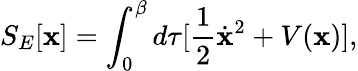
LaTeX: S_{E}[\mathbf{x}]=\int_{0}^{\beta}d\tau[\frac{{1}}{{2}}\dot{{\mathbf{x}}}^{2}+V(\mathbf{x})],